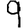
Digit: 9